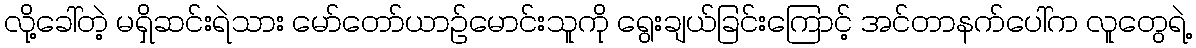
လို့ခေါ်တဲ့ မရှိဆင်းရဲသား မော်တော်ယာဉ်မောင်းသူကို ရွေးချယ်ခြင်းကြောင့် အင်တာနက်ပေါ်က လူတွေရဲ့